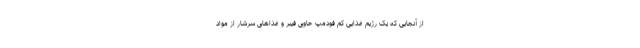
از آنجایی که یک رژیم غذایی کم فودمپ حاوی فیبر و غذاهای سرشار از مواد